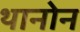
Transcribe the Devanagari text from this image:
थानोन